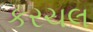
કરચલ